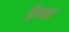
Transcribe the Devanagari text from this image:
ढैय्या